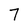
Character: 7